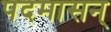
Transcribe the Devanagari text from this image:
पदमासन्